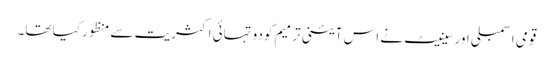
قومی اسمبلی اور سینیٹ نے اس آئینی ترمیم کو دو تہائی اکثریت سے منظور کیا تھا۔